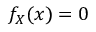
f _ { X } ( x ) = 0